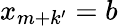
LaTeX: x_{m+k^{\prime}}=b